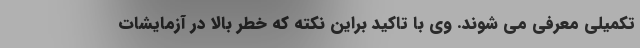
تکمیلی معرفی می شوند. وی با تاکید براین نکته که خطر بالا در آزمایشات